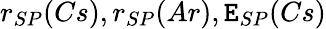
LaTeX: r_{SP}(Cs),r_{SP}(Ar),\mathtt{E}_{SP}(Cs)